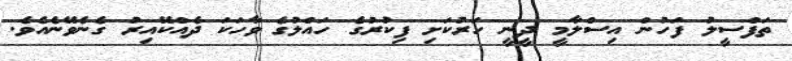
ތަފްސީލު ފަހުން އިސްލާމީ ދީނީ ހަރުކަށި ފިކުރުގެ ހައްލުގެ ވާހަކަ ދެއްކޭއިރު ގެނެވޭނެއެވެ.